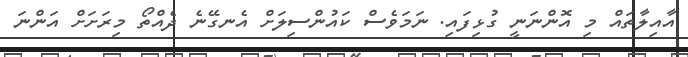
އާއިލާތައް މި އޮންނަނީ ގުޅިފައި. ނަމަވެސް ކައުންސިލަށް އެނގޭނެ ދެއްތޯ މިރަށަށް އަންނަ